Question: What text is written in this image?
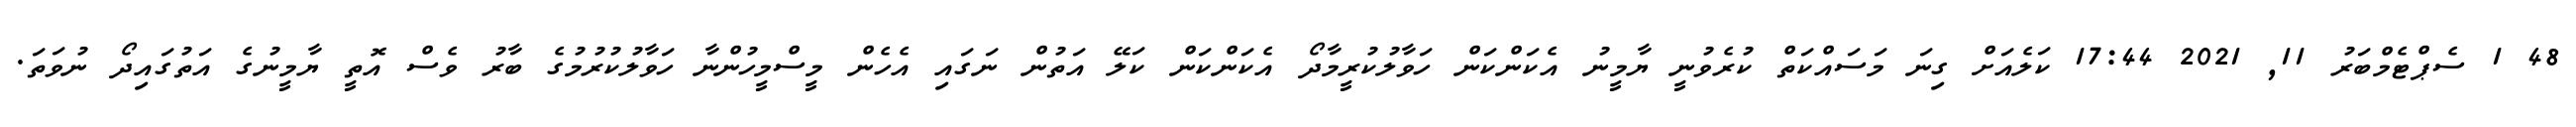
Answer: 48 1 ސެޕްޓެމްބަރު 11, 2021 17:44 ކަލެއަށް ގިނަ މަސައްކަތް ކުރެވުނީ ޔާމީނު އެކަންކަން ހަވާލުކުރީމާދޯ އެކަންކަން ކަލޭ އަތުން ނަގައި އެހެން މީސްމީހުންނާ ހަވާލުކުރުމުގެ ބާރު ވެސް އޮތީ ޔާމީނުގެ އަތުގައިދޯ ނުވަތަ.